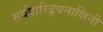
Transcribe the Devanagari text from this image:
सर्वदारिद्र्यनाशिनी